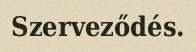
Szerveződés.